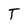
Character: T